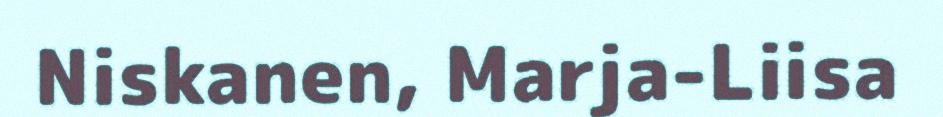
Niskanen, Marja-Liisa